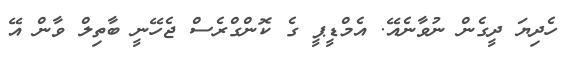
ހެދިޔަ ދީގެން ނުވާނެއޭ. އެމްޑީޕީ ގެ ކޮންގްރެސް ޖެހޭނީ ބާތިލް ވާން އޭ